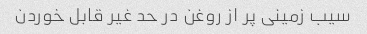
سیب زمینی پر از روغن در حد غیر قابل خوردن